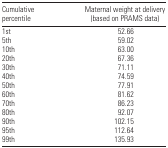
| Cumulative percentile | Maternal weight at delivery (based on PRAMS data) |
 | --- | --- |
 | 1st | 52.66 |
 | 5th | 59.02 |
 | 10th | 63.00 |
 | 20th | 67.36 |
 | 30th | 71.11 |
 | 40th | 74.59 |
 | 50th | 77.91 |
 | 60th | 81.62 |
 | 70th | 86.23 |
 | 80th | 92.07 |
 | 90th | 102.15 |
 | 95th | 112.64 |
 | 99th | 135.93 |